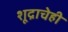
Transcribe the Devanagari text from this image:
शूद्राचेही